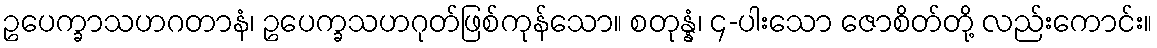
ဥပေက္ခာသဟဂတာနံ၊ ဥပေက္ခသဟဂုတ်ဖြစ်ကုန်သော။ စတုန္နံ၊ ၄-ပါးသော ဇောစိတ်တို့ လည်းကောင်း။